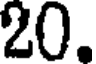
20.